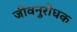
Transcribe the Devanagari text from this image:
जीवनुरोधक